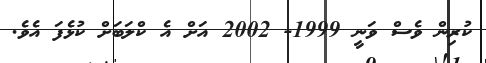
ކުރިން ވެސް ވަނީ 1999- 2002 އަށް އެ ކްލަބަށް ކުޅެފަ އެވެ.